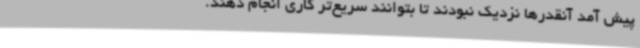
پیش آمد آنقدرها نزدیک نبودند تا بتوانند سریع‌تر کاری انجام دهند.